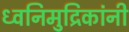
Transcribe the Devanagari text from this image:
ध्वनिमुद्रिकांनी